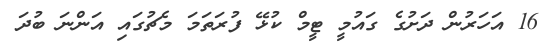
16 އަހަރުން ދަށުގެ ގައުމީ ޓީމް ކުޅޭ ފުރަތަމަ މެޗުގައި އަންނަ ބުދަ